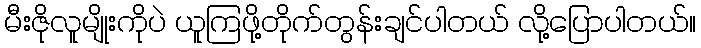
မီးဇိုလူမျိုးကိုပဲ ယူကြဖို့တိုက်တွန်းချင်ပါတယ် လို့ပြောပါတယ်။